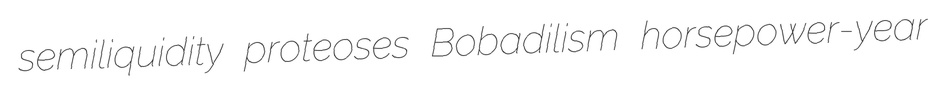
semiliquidity proteoses Bobadilism horsepower-year